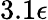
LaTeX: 3.1\epsilon